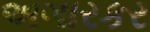
અગારકર